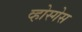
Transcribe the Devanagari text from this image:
व्होस्गेस